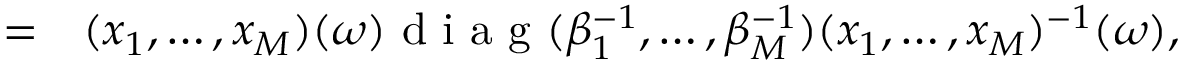
\begin{array} { r l } { = } & { { } ( x _ { 1 } , \ldots , x _ { M } ) ( \omega ) \mathrm { ~ d ~ i ~ a ~ g ~ } ( \beta _ { 1 } ^ { - 1 } , \ldots , \beta _ { M } ^ { - 1 } ) ( x _ { 1 } , \ldots , x _ { M } ) ^ { - 1 } ( \omega ) , } \end{array}